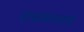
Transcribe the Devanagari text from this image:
रावळगाव